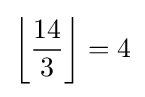
\left\lfloor {\frac {14}{3}}\right\rfloor =4